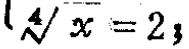
$\sqrt[4]{x}=2,$